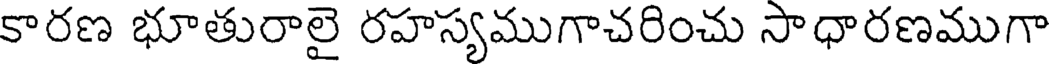
కారణ భూతురాలై రహస్యముగాచరించు సాధారణముగా